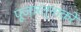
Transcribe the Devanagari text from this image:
पूजारत्नाकरे